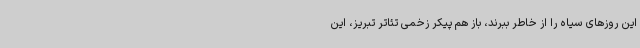
این روزهای سیاه را از خاطر ببرند، باز هم پیکر زخمی تئاتر تبریز، این